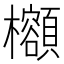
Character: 𪴣